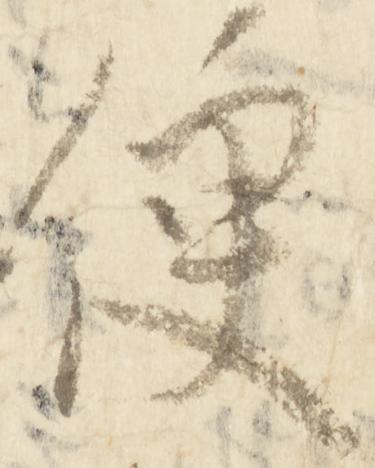
便